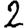
Digit: 2